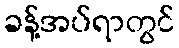
ခန့်အပ်ရာတွင်